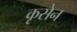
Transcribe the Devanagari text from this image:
कृसेन